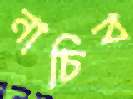
নাচিব